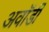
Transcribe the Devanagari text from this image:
अवॉर्डी